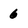
Character: 6